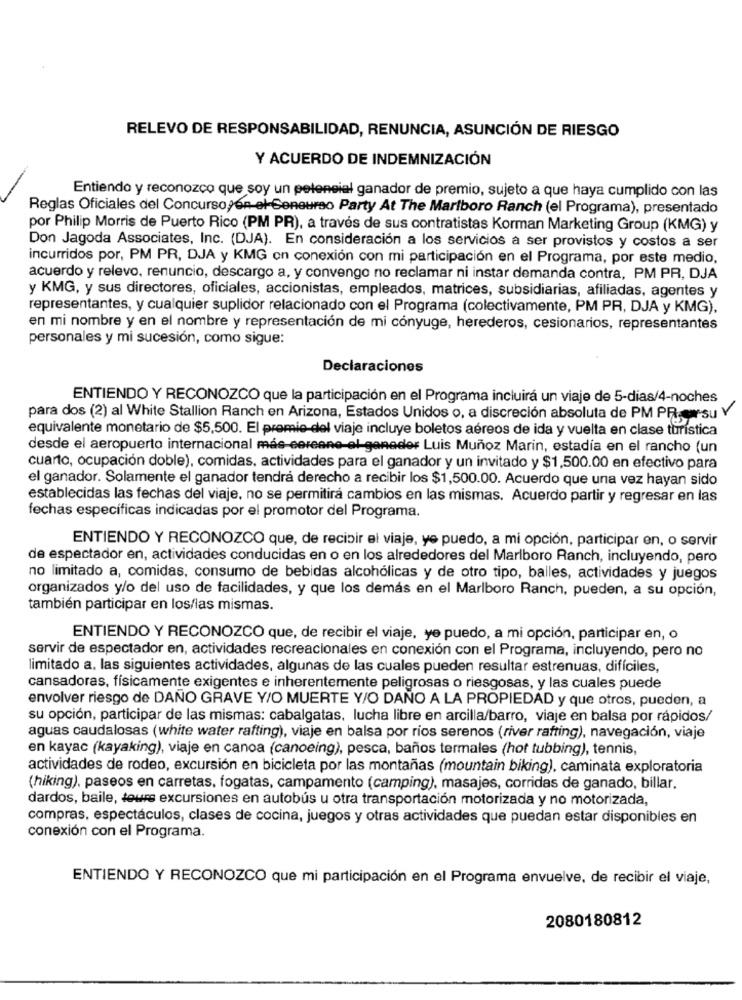
RELEVO DE RESPONSABILIDAD, RENUNCIA, ASUNCIÓN DE RIESGO
Y ACUERDO DE INDEMNIZACIÓN
Entiendo y reconozco que soy un peleneial ganador de premio, sujeto a que haya cumplido con las
Reglas Oficiales del Concurso,en el-Geneurso Party At The Marlboro Ranch (el Programa), presentado
por Philip Morris de Puerto Rico (PM PR), a través de sus contratistas Korman Marketing Group (KMG) y
Don Jagoda Associates, Inc. (DJA). En consideración a los servicios a ser provistos y costos a ser
incurridos por, PM PR, DJA y KMG on conexión con mi participación en el Programa, por este medio,
acuerdo y relevo, renuncio, descargo a, y convengo no reclamar ni instar demanda contra, PM PR, DJA
y KMG, y sus directores, oficiales, accionistas, empleados, matrices, subsidiarias, afiliadas, agentes y
representantes, y cualquier suplidor relacionado con el Programa (colectivamente, PM PR, DJA y KMG),
en mi nombre y en el nombre y representación de mi cónyuge, herederos, cesionarios, representantes
personales y mi sucesión, como sigue:
Declaraciones
ENTIENDO Y RECONOZCO que la participación en el Programa incluirá un viaje de 5-dias/4-noches
para dos (2) al White Stallion Ranch en Arizona, Estados Unidos o, a discreción absoluta de PM PR-casu Y
equivalente monetario de $5,500. El premie-del viaje incluye boletos aéreos de ida y vuelta en clase turística
desde el aeropuerto internacional más coreane el geneder Luis Muñoz Marin, estadía en el rancho (un
cuarto, ocupación doble), comidas, actividades para el ganador y un invitado y $1,500.00 en efectivo para
el ganador. Solamente el ganador tendrá derecho a recibir los $1,500.00. Acuerdo que una vez hayan sido
establecidas las fechas del viaje, no se permitirá cambios en las mismas. Acuerdo partir y regresar en las
fechas específicas indicadas por el promotor del Programa.
ENTIENDO Y RECONOZCO que, de recibir el viaje, ye puedo, a mi opción, participar en, o servir
de espectador en, actividades conducidas en o en los alrededores del Marlboro Ranch, incluyendo, pero
no limitado a, comidas, consumo de bebidas alcohólicas y de otro tipo, balles, actividades y juegos
organizados y/o del uso de facilidades, y que los demás en el Marlboro Ranch, pueden, a su opción,
también participar en los/las mismas.
ENTIENDO Y RECONOZCO que, de recibir el viaje, yo puedo, a mi opción, participar en, o
servir de espectador en, actividades recreacionales en conexión con el Programa, incluyendo, pero no
limitado a, las siguientes actividades, algunas de las cuales pueden resultar estrenuas, difíciles,
cansadoras, físicamente exigentes e inherentemente peligrosas o riesgosas, y las cuales puede
envolver riesgo de DANO GRAVE Y/O MUERTE Y/O DAÑO A LA PROPIEDAD y que otros, pueden, a
su opción, participar de las mismas: cabalgatas, lucha libre en arcilla/barro, viaje en balsa por rápidos/
aguas caudalosas (white water rafting), viaje en balsa por rios serenos (river rafting), navegación, viaje
en kayac (kayaking), viaje en canoa (canoeing), pesca, baños termales (hot tubbing), tennis,
actividades de rodeo, excursión en bicicleta por las montañas (mountain biking), caminata exploratoria
(hiking), paseos en carretas, fogatas, campamento (camping), masajes, corridas de ganado, billar.
dardos, baile, teurs excursiones en autobús u otra transportación motorizada y no motorizada,
compras, espectáculos, clases de cocina, juegos y otras actividades que puedan estar disponibles en
conexión con el Programa.
ENTIENDO Y RECONOZCO que mi participación en el Programa envuelve, de recibir el viaje,
2080180812